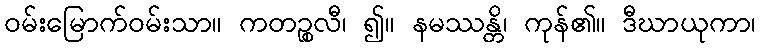
ဝမ်းမြောက်ဝမ်းသာ။ ကတဉ္စလီ၊ ၍။ နမဿန္တိ၊ ကုန်၏။ ဒီဃာယုကာ၊